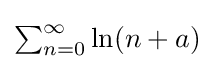
{\textstyle \sum _{n=0}^{\infty }\ln(n+a)}